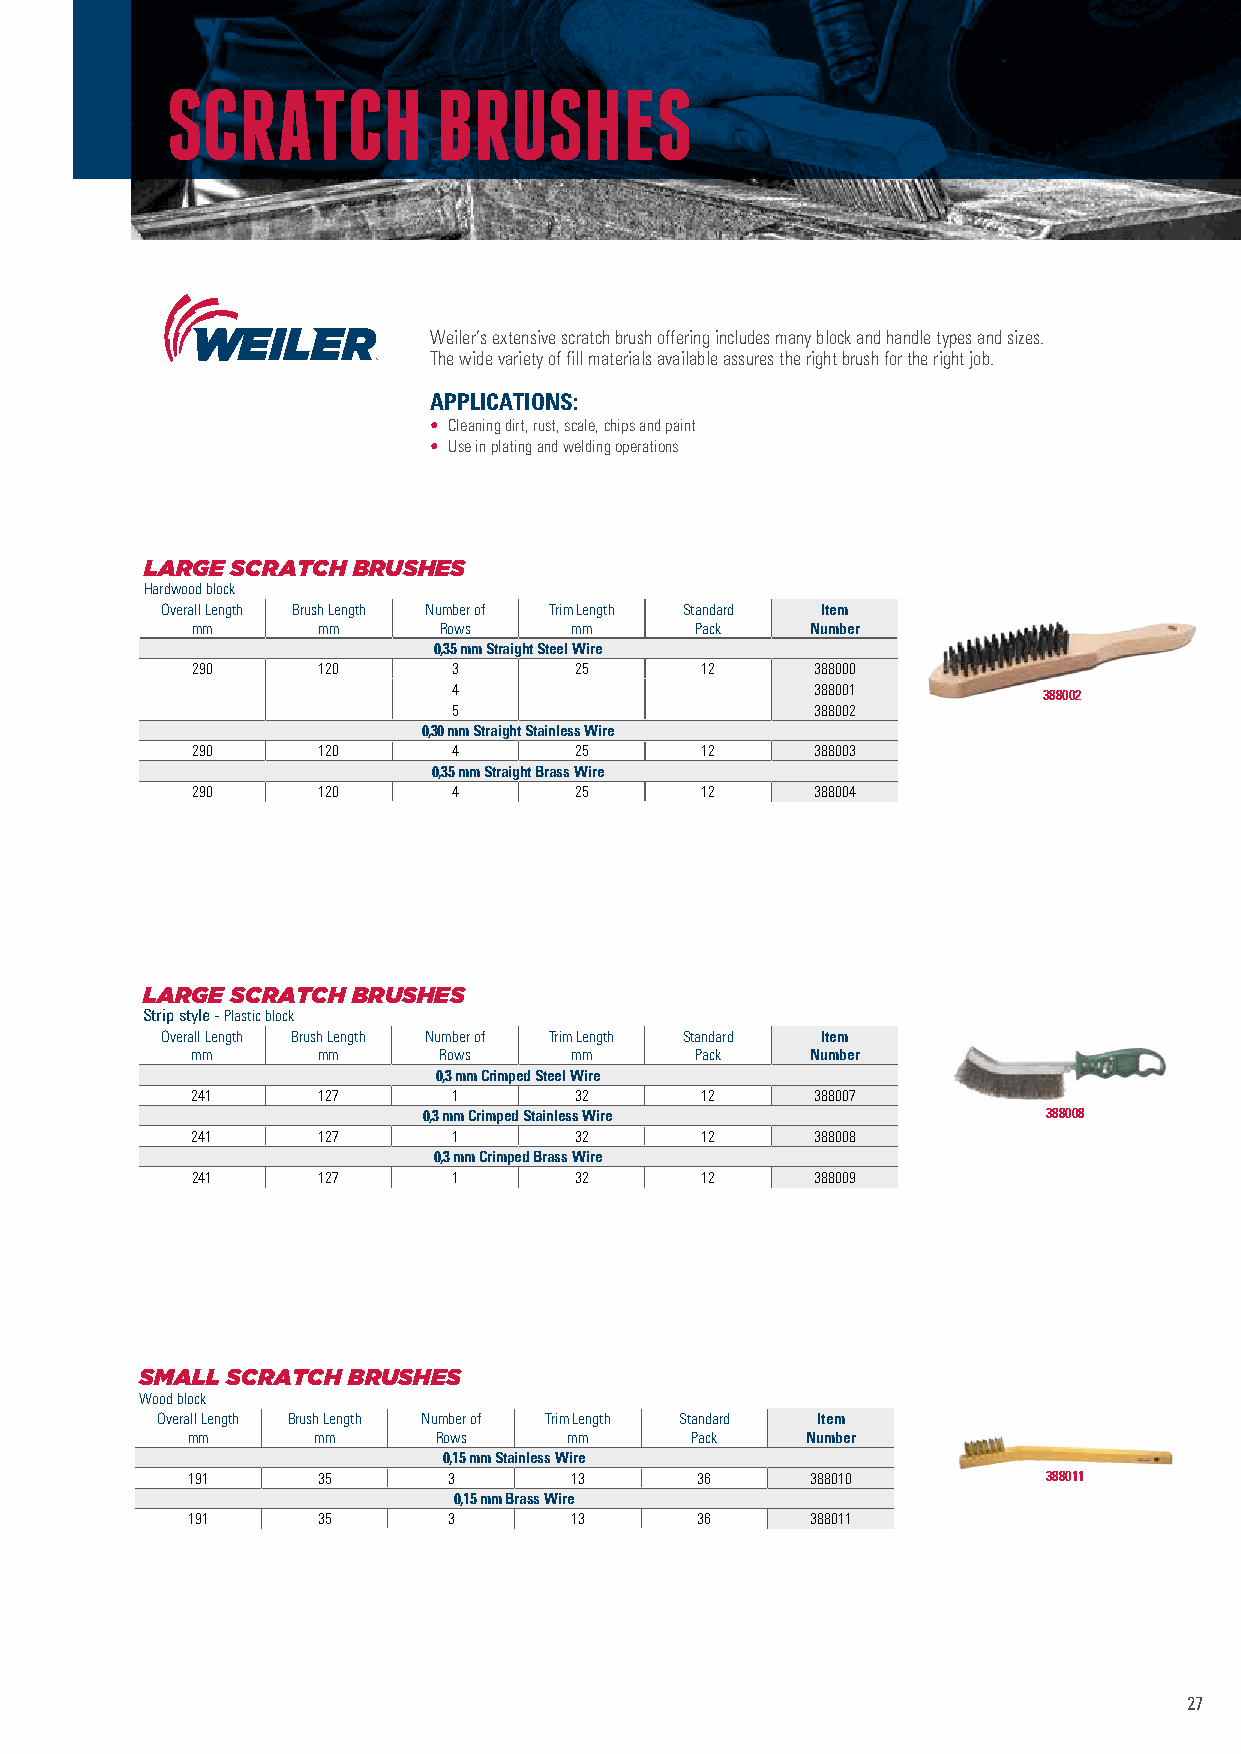
SCRATCH           BRUSHES
 Weiler’s extensive scratch brush offering includes many block and handle types and sizes.
 The wide variety of fill materials available assures the right brush for the right job.
 APPLICATIONS:
 • Cleaning dirt, rust, scale, chips and paint
 • Use in plating and welding operations
 LARGE SCRATCH BRUSHES
 Hardwood block
 Overall Length Brush Length Number of Trim Length Standard Item
 mm      mm      Rows     mm      Pack    Number
 0,35 mm Straight Steel Wire
 290     120      3       25      12      388000
 4                       388001
 388002
 5                       388002
 0,30 mm Straight Stainless Wire
 290     120      4       25      12      388003
 0,35 mm Straight Brass Wire
 290     120      4       25      12      388004
 LARGE SCRATCH BRUSHES
 Strip style - Plastic block
 Overall Length Brush Length Number of Trim Length Standard Item
 mm      mm      Rows     mm      Pack    Number
 0,3 mm Crimped Steel Wire
 241     127      1       32      12      388007
 0,3 mm Crimped Stainless Wire            388008
 241     127      1       32      12      388008
 0,3 mm Crimped Brass Wire
 241     127      1       32      12      388009
 SMALL SCRATCH BRUSHES
 Wood block
 Overall Length Brush Length Number of Trim Length Standard Item
 mm       mm      Rows     mm      Pack   Number
 0,15 mm Stainless Wire
 191      35       3       13      36      388010         388011
 0,15 mm Brass Wire
 191      35       3       13      36      388011
 27